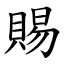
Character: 賜